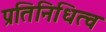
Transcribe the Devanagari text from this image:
प्रतिनिधित्व